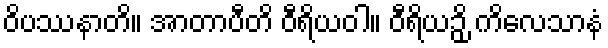
ဝိပဿနာတိ။ အာတာပီတိ ဝီရိယဝါ။ ဝီရိယဉှိ ကိလေသာနံ